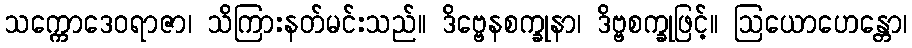
သက္ကောဒေဝရာဇာ၊ သိကြားနတ်မင်းသည်။ ဒိဗ္ဗေနစက္ခုနာ၊ ဒိဗ္ဗစက္ခုဖြင့်။ ဩယောဟေန္တော၊